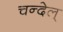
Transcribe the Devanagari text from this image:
चन्देल्